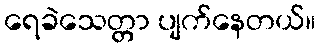
ရေခဲသေတ္တာ ပျက်နေတယ်။